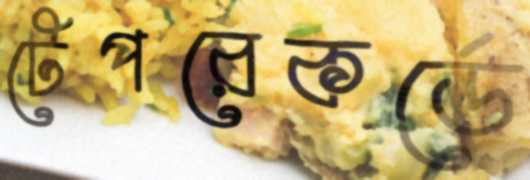
টেপরেকর্ডে